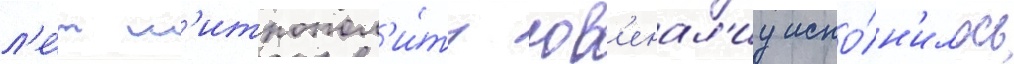
л'е́т м'итропол'и́ту юв'енал'иу испо́лн'илось